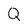
Character: Q